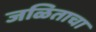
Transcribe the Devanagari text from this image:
जळिताचा